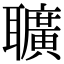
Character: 𦘅